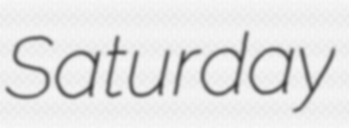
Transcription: Saturday